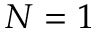
N = 1